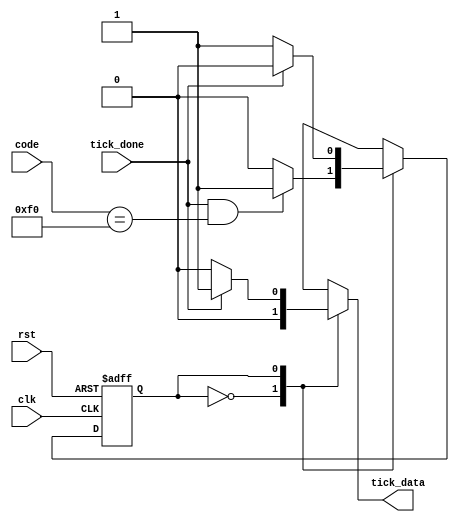
`timescale 1ns / 1ps
//////////////////////////////////////////////////////////////////////////////////
// Company: 
// 
// Design Name: 
// Module Name:    Get_Code_Mod 
// Project Name: 
// Target Devices: 
// Tool versions: 
// Description: 
//
// Dependencies: 
//
// Revision: 
// Revision 0.01 - File Created
// Additional Comments: 
//
//////////////////////////////////////////////////////////////////////////////////
//	Maquina de estados que me indica cuando tengo que leer el dato que me envia el teclado despues de pasar por el codigo de ruptura F0
module Get_Code_Mod(
    input wire clk, rst,
	 input wire [7:0] code, //Cdigo de la tecla que se accion o cdigo de ruptura
	 input wire tick_done, //Bandera del modulo PS2 que indica que el dato esta listo
	 output reg tick_data //Bandera de salida que me indica que se debe tomar el dato siguiente
	 );
	 
localparam brk = 8'hf0; //Codigo de ruptura
//Declaracin de estados de la maquina
localparam wait_brk = 1'b0, //Estado de espera de captacin de codigo de ruptura  
			  get_code = 1'b1; //Estado de captacin del codigo de la tecla correspondiente

//Seales para el registro de estados
reg act_state, next_state; 

//FMS
//Actualizacin de registro de estados
always @ (posedge clk, posedge rst)
	if (rst) //Resetea los valores de los registros para inicializar el sistema
		act_state <= wait_brk;
	else //Actualiza el estado actual con el declarado en el ciclo anterior
		act_state <= next_state;

//Logica de estado siguiente
always @ *
begin 
//Asigna los valores por defecto de la salida y el estado siguiente
	tick_data = 1'b0; 
	next_state = act_state;
	case (act_state) //Analiza el estado actual
		wait_brk: //Estado en que se analiza el codigo de ruptura
			if (tick_done == 1'b1 && code == brk) //Si se carga un codigo y este es el de ruptura entonces pase al estado get_code para tomar el dato correcto 
				next_state = get_code;
		get_code: //Analiza el estado get_code (tomar codigo de tecla) 
			if (tick_done) // Si el dato se cargo correctamente envie una bandera para tomar el dato y pase al estado de espera
				begin
					tick_data = 1'b1; //Bandera de que el dato que ocupo esta listo
					next_state = wait_brk;
				end
	endcase
end

endmodule